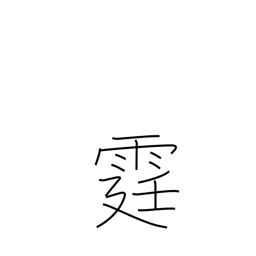
Meaning: lightning